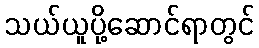
သယ်ယူပို့ဆောင်ရာတွင်